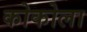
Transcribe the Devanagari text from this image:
कोकोला